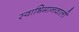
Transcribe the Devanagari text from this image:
स्वाभिमानवाली